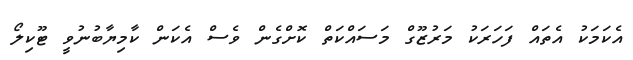
އެކަމަކު އެތައް ފަހަރަކު މަރުޒޫގް މަސައްކަތް ކޮށްގެން ވެސް އެކަން ކާމިޔާބުނުވީ ޓޫކިލޯ